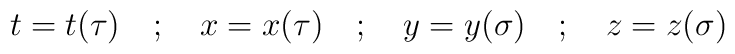
t = t(\tau) \quad ; \quad x = x(\tau) \quad ; \quad y =y(\sigma) \quad ; \quad z = z(\sigma)